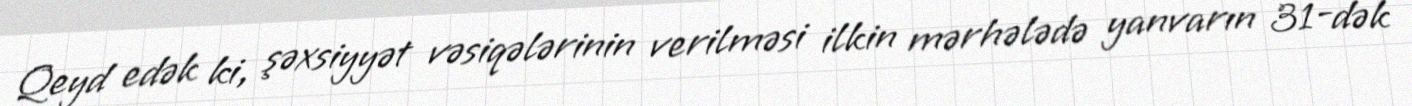
Qeyd edək ki, şəxsiyyət vəsiqələrinin verilməsi ilkin mərhələdə yanvarın 31-dək